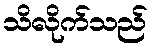
သိလိုက်သည်